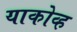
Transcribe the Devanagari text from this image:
याकोव्ह